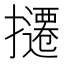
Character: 𫾔